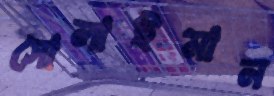
সোলাইমান